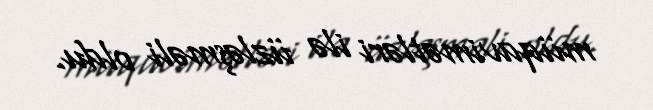
müqavimətləri ilə üzləşməli oldu.